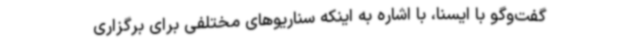
گفت‌وگو با ایسنا، با اشاره به اینکه سناریوهای مختلفی برای برگزاری